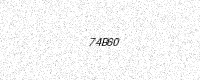
Text: 74B60